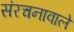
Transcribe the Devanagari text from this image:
संरचनावाले